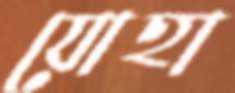
যোহা